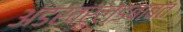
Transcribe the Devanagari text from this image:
अंडरवर्ल्डबाबत